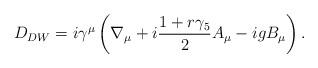
LaTeX: \begin{align*}D_{DW}=i \gamma^\mu \left(\nabla_\mu +i \frac{1+r \gamma_5}{2} A_\mu -i g B_\mu\right ).\end{align*}